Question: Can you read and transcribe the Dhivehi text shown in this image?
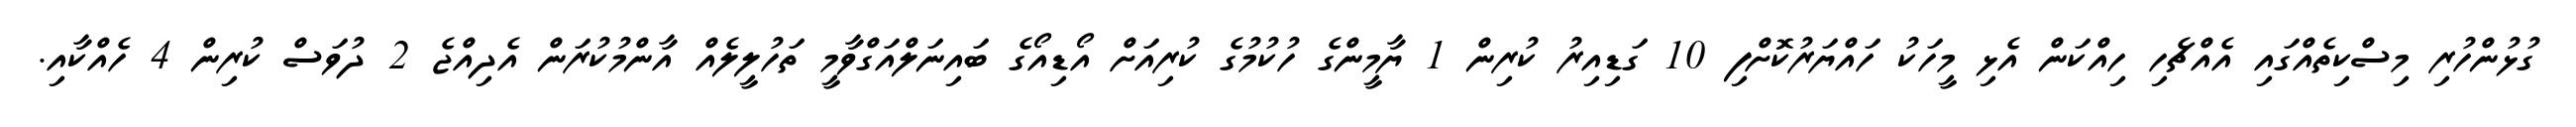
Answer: ގުޅުންހުރި މިސްކިތެއްގައި އެއްޗެހި ހިއްކަން އެޅި މީހަކު ހައްޔަރުކޮށްފި 10 ގަޑިއިރު ކުރިން 1 ޔާމީންގެ ހުކުމުގެ ކުރިއަށް އޯޑިއޯގެ ބައިނަލްއަގްވާމީ ތަހުލީލެއް އާންމުކުރަން އެދިއްޖެ 2 ދުވަސް ކުރިން 4 ހެއްކާއި.